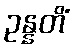
ဥန္နတိံ